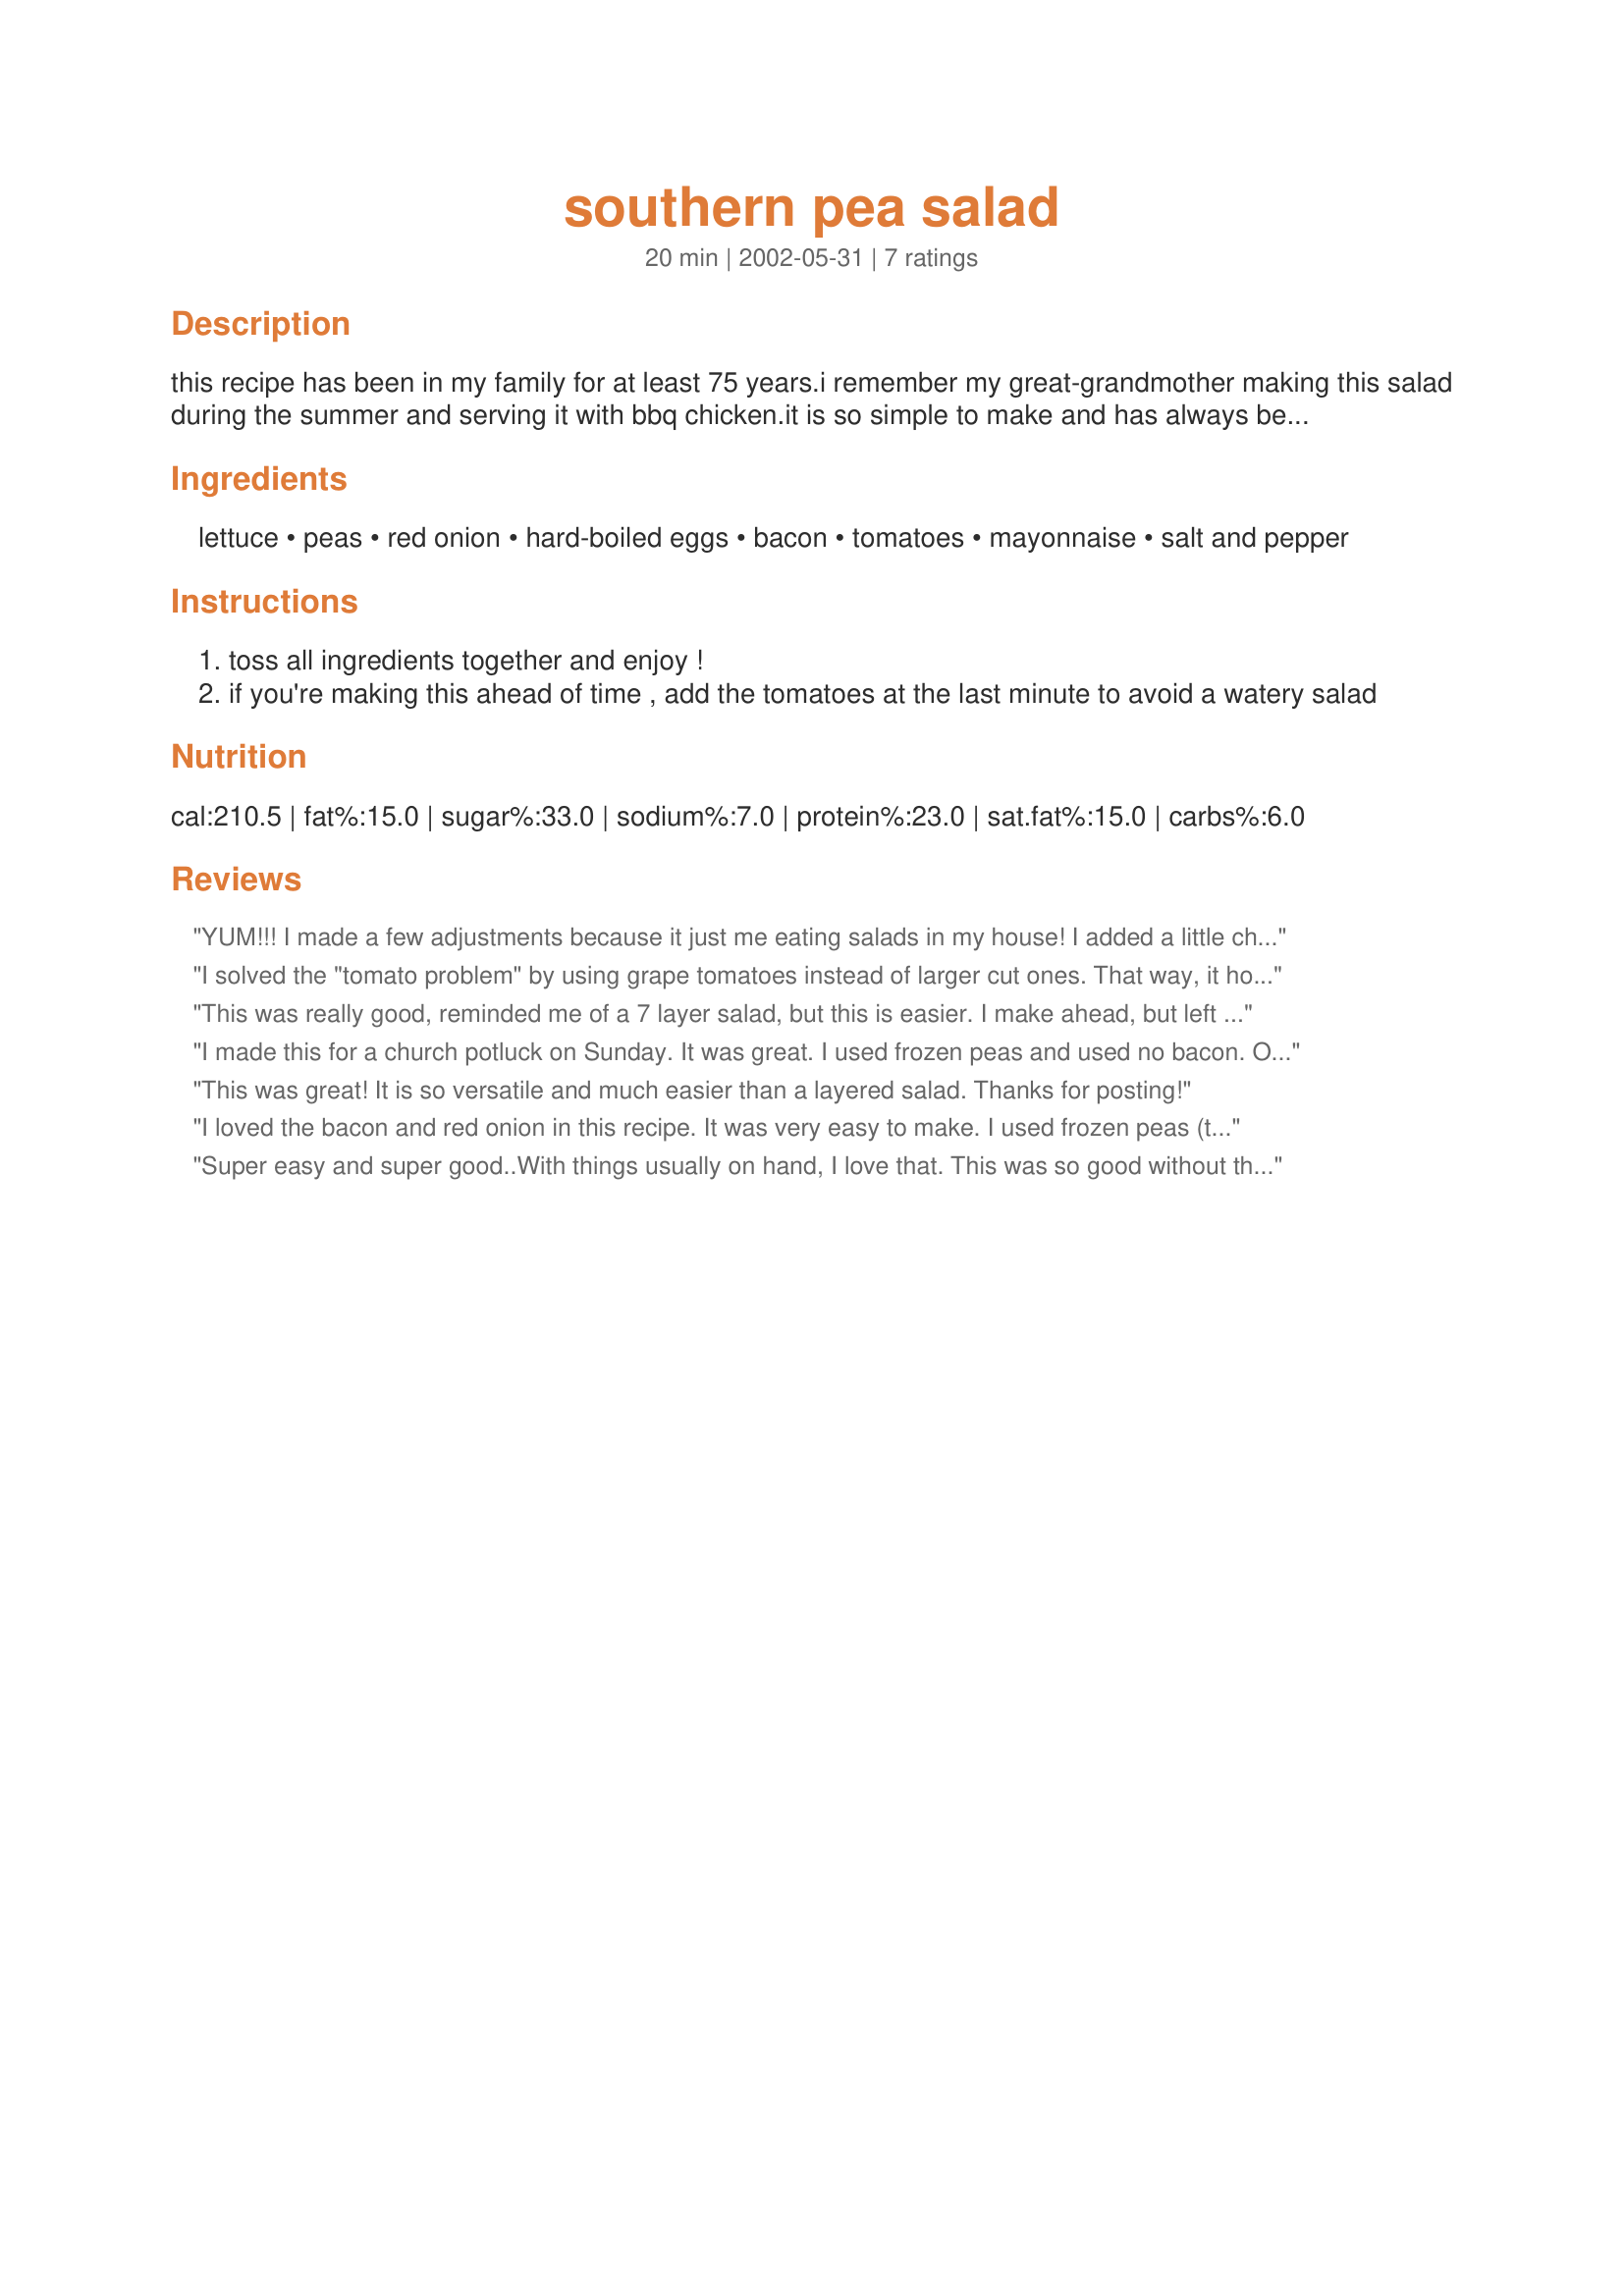
southern pea salad
Preparation time: 20 minutes

this recipe has been in my family for at least 75 years.i remember my great-grandmother making this salad during the summer and serving it with bbq chicken.it is so simple to make and has always been a comfort food for me.

Ingredients:
lettuce, peas, red onion, hard-boiled eggs, bacon, tomatoes, mayonnaise, salt and pepper

Steps:
toss all ingredients together and enjoy !
if you're making this ahead of time , add the tomatoes at the last minute to avoid a watery salad

Reviews:
YUM!!! I made a few adjustments because it just me eating salads in my house! I added a little cheese and brocolli because I needed to use them. I also left out the red onion because I don't like them raw. Thanks so much for a keeper!
I solved the "tomato problem" by using grape tomatoes instead of larger cut ones. That way, it holds up great. I too was forced to use frozen peas.
This was really good, reminded me of a 7 layer salad, but this is easier. I make ahead, but left out the tomatoes, just chopped some up and added on our own, Did not add to salad bowl. My DH and I both agreed, the tomatoes were not needed, was so good without and he is a real tomato nut. Will be making this again and again. Thank you for sharing
I made this for a church potluck on Sunday. It was great. I used frozen peas and used no bacon. One person left a note for the recipe and my husband didn't know what I had brought and told me it was the best salad on the table. Simple and yummy. I had some left over at home and added some "fake" soy bacon bits. Worked very well!
This was great! It is so versatile and much easier than a layered salad. Thanks for posting!
I loved the bacon and red onion in this recipe. It was very easy to make. I used frozen peas (thawed) and I also put the tomatoes in a colander after I cut them up to help drain off extra liquid.
Super easy and super good..With things usually on hand, I love that. This was so good without the tomaoes that I decided not to add them...maybe next time cause I will be making this again. Thanks gardenz.
